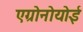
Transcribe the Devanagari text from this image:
एग्रोनोयोई